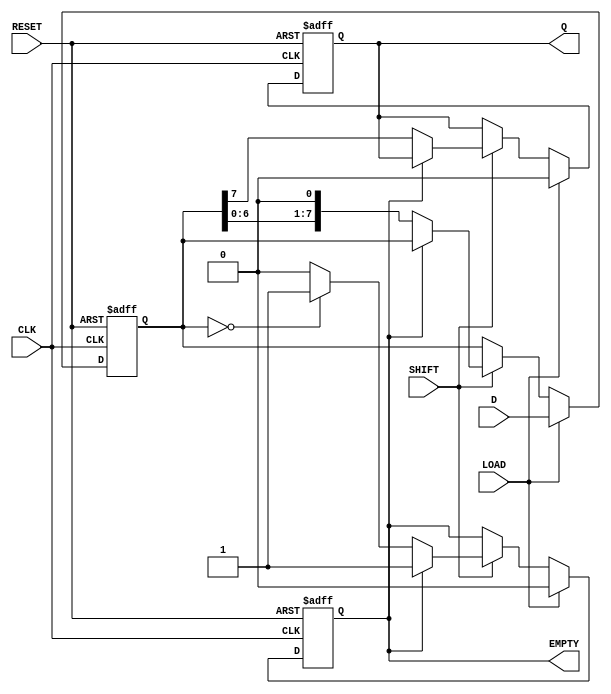
module PISO_Shift_Register (
    input wire [7:0] D,        // Parallel Data Input
    input wire LOAD,           // Load Enable
    input wire SHIFT,          // Shift Control
    input wire CLK,            // Clock
    input wire RESET,          // Reset
    output reg Q,              // Serial Output
    output reg EMPTY           // Empty Flag
);

    reg [7:0] shift_reg;       // Internal shift register

    always @(posedge CLK or posedge RESET) begin
        if (RESET) begin
            shift_reg <= 8'b0;  // Reset the shift register
            Q <= 1'b0;          // Reset serial output
            EMPTY <= 1'b1;      // Set EMPTY flag
        end else begin
            if (LOAD) begin
                shift_reg <= D;  // Load parallel data into the shift register
                Q <= 1'b0;        // Reset serial output
                EMPTY <= 1'b0;    // Clear EMPTY flag
            end else if (SHIFT) begin
                if (!EMPTY) begin
                    Q <= shift_reg[7]; // Output the MSB
                    shift_reg <= {shift_reg[6:0], 1'b0}; // Shift right
                    if (shift_reg == 8'b0) begin
                        EMPTY <= 1'b1; // Set EMPTY flag if all bits are shifted out
                    end
                end
            end
        end
    end

endmodule